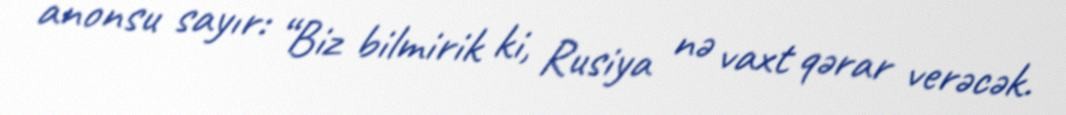
anonsu sayır: “Biz bilmirik ki, Rusiya nə vaxt qərar verəcək.